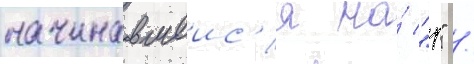
начинавшеис'я на́ "р" /